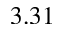
3 . 3 1